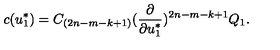
c ( u _ { 1 } ^ { * } ) = C _ { ( 2 n - m - k + 1 ) } ( { \frac { \partial } { \partial u _ { 1 } ^ { * } } } ) ^ { 2 n - m - k + 1 } Q _ { 1 } .